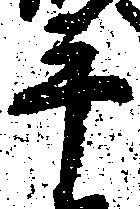
手